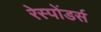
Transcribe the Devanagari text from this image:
रेस्पोंडर्स